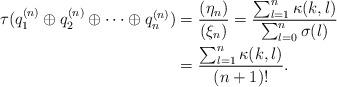
LaTeX: \begin{align*}\tau(q_1^{(n)}\oplus q^{(n)}_2\oplus\dots\oplus q^{(n)}_n)&=\frac{ (\eta_n) }{ (\xi_n) }=\frac{\sum_{l=1}^n \kappa(k,l)}{\sum_{l=0}^n\sigma(l)}\\&=\frac{\sum_{l=1}^n \kappa(k,l)}{(n+1)!}.\end{align*}